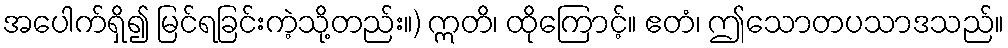
အပေါက်ရှိ၍ မြင်ရခြင်းကဲ့သို့တည်း။) ဣတိ၊ ထိုကြောင့်။ ဧတံ၊ ဤသောတပသာဒသည်။